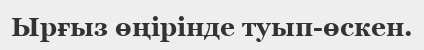
Ырғыз өңірінде туып-өскен.